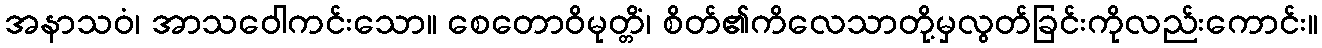
အနာသဝံ၊ အာသဝေါကင်းသော။ စေတောဝိမုတ္တိံ၊ စိတ်၏ကိလေသာတို့မှလွတ်ခြင်းကိုလည်းကောင်း။